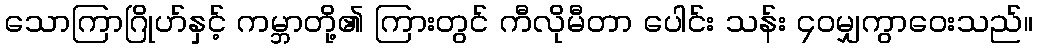
သောကြာဂြိုဟ်နှင့် ကမ္ဘာတို့၏ ကြားတွင် ကီလိုမီတာ ပေါင်း သန်း ၄၀မျှကွာဝေးသည်။